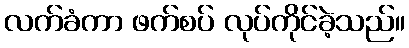
လက်ခံကာ ဖက်စပ် လုပ်ကိုင်ခဲ့သည်။